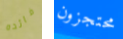
فائده محتجزون